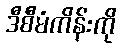
ဒီစီမံကိန်းကို